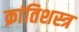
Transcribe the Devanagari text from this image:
क्रांतिशस्त्र